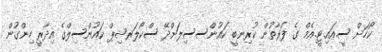
ކޯހަށް ސީ.އައި.ޓީ.އެމް ގެ ފަރާތުން ކުރިނބީ ކައުންސސިލަށްދޭ ސްކޯލަރޝިޕް ކައުންސިލްގެ އިދާރީ ހިންގުން